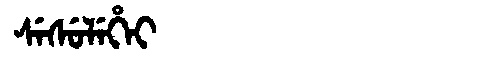
Manchu: ᠰᡝᠰᡠᠯᡝᡥᡝᡳ
Romanization: SESULEHEI